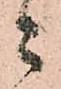
ニ